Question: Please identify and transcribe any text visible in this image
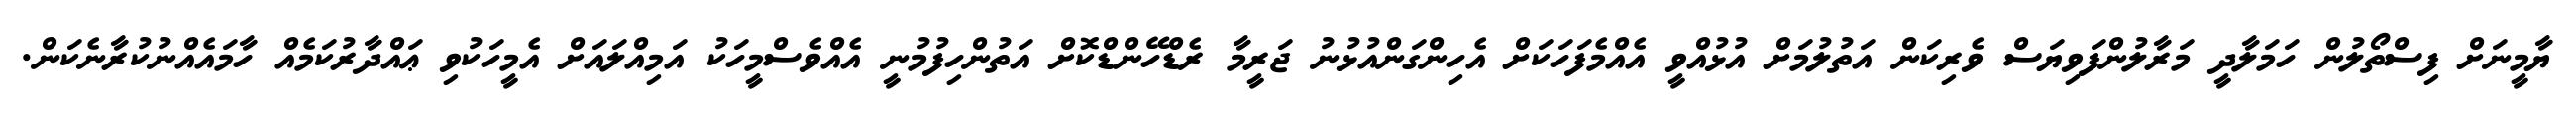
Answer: ޔާމީނަށް ފިސްތޯލުން ހަމަލާދީ މަރާލުންފަވިޔަސް ވެރިކަން އަތުލުމަށް އުޅުއްވީ އެއްމެފަހަކަށް އެހިންގަންއުޅުނު ޖަރީމާ ރެޑްހޭންޑްކޮށް އަތުންހިފުމުނީ އެއްވެސްމީހަކު އަމިއްލައަށް އެމީހަކުވި ޢައްދާރުކަމެއް ހާމައެއްނުކުރާނެކަން.